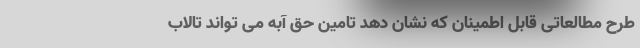
طرح مطالعاتی قابل اطمینان که نشان دهد تامین حق آبه می تواند تالاب